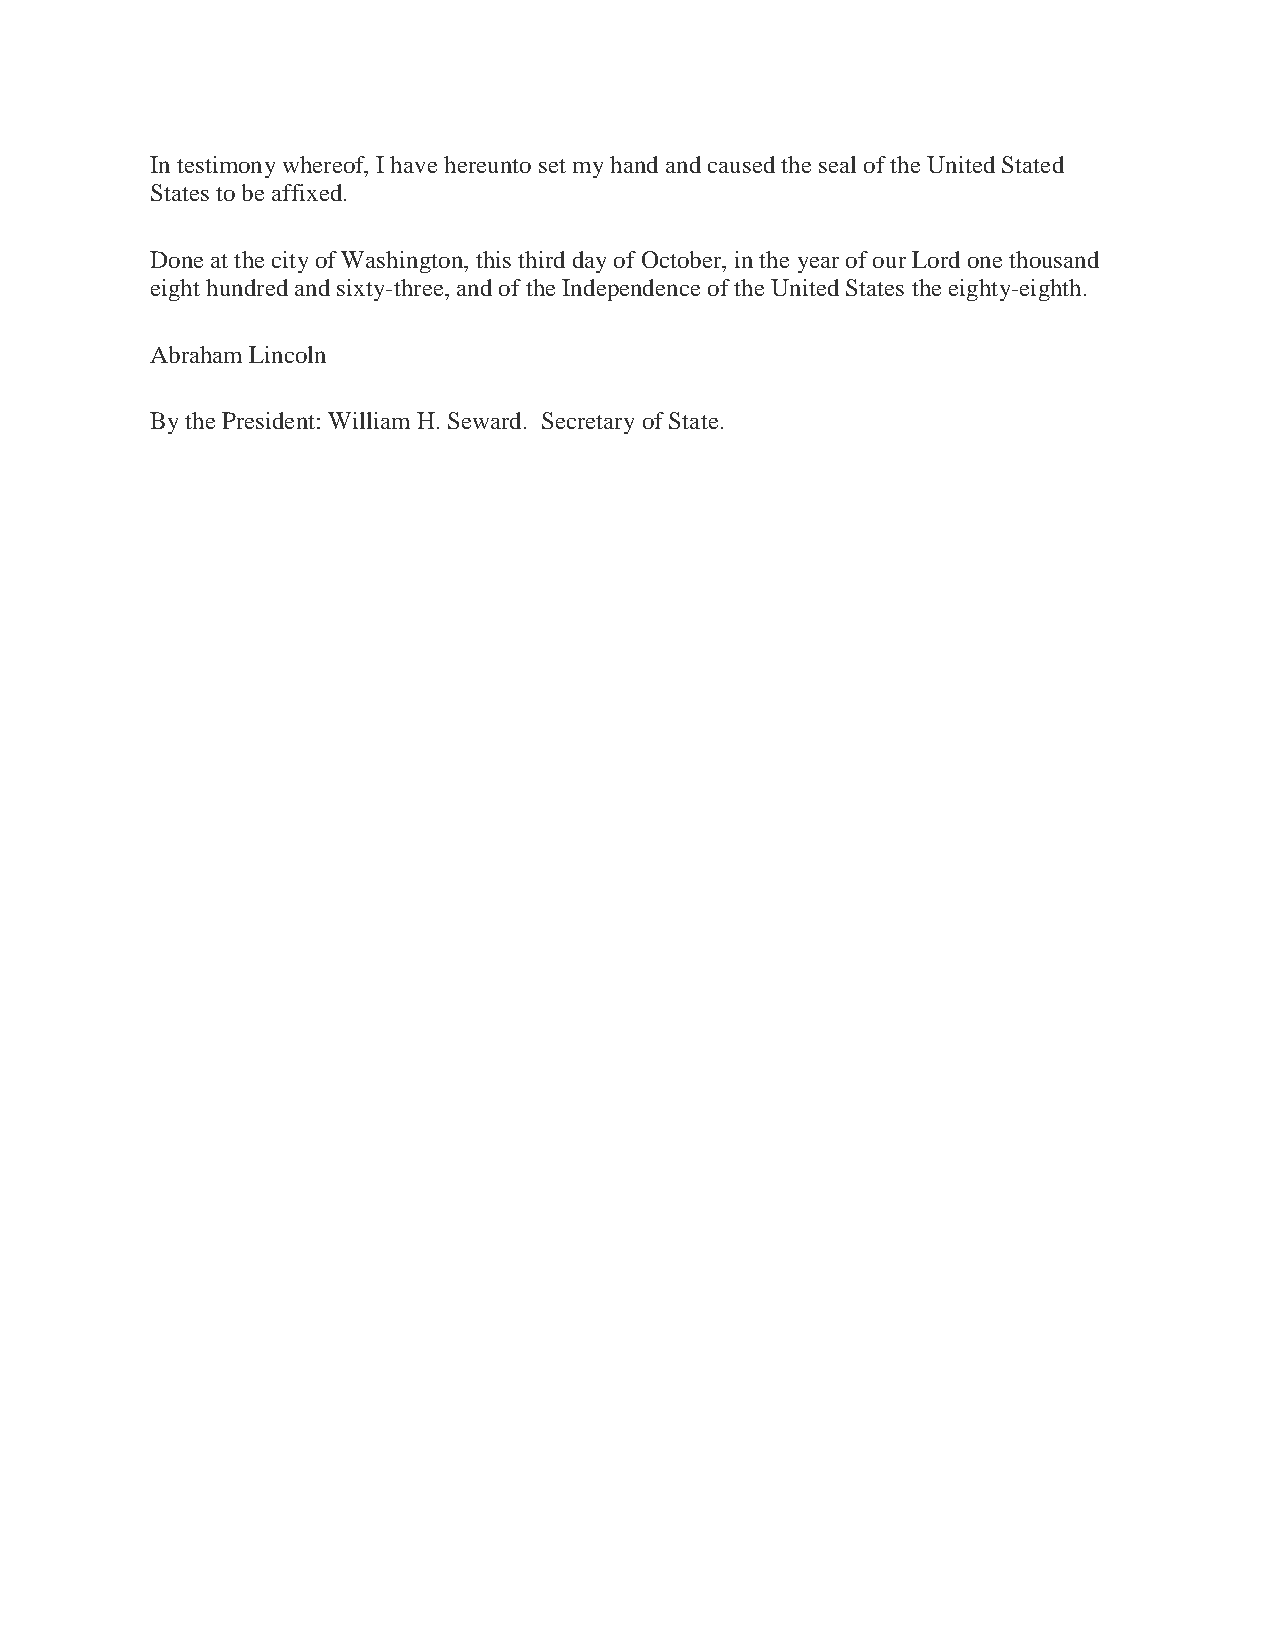
In testimony whereof, I have hereunto set my hand and caused the seal of the United Stated
 States to be affixed.
 Done at the city of Washington, this third day of October, in the year of our Lord one thousand
 eight hundred and sixty-three, and of the Independence of the United States the eighty-eighth.
 Abraham Lincoln
 By the President: William H. Seward. Secretary of State.